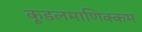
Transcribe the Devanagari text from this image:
कूडलमाणिक्कम